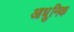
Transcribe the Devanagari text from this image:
आध्ुनिक